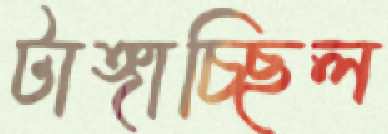
টাঙ্গাচ্ছিল